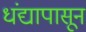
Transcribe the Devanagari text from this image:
धंद्यापासून